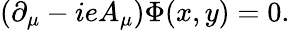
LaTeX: (\partial_{\mu}-ieA_{\mu})\Phi(x,y)=0.